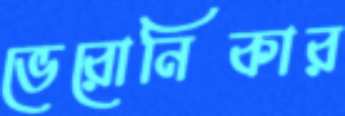
ভেরোনিকার